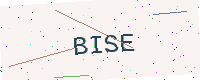
Text: BISE